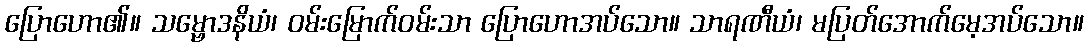
ပြောဟော၏။ သမ္ဗောဒနိယံ၊ ဝမ်းမြောက်ဝမ်းသာ ပြောဟောအပ်သော။ သာရဏီယံ၊ မပြတ်အောက်မေ့အပ်သော။